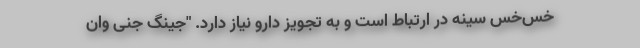
خس‌خس سینه در ارتباط است و به تجویز دارو نیاز دارد. "جینگ جنی وان